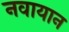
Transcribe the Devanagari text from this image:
नवायान